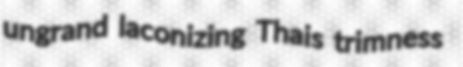
ungrand laconizing Thais trimness